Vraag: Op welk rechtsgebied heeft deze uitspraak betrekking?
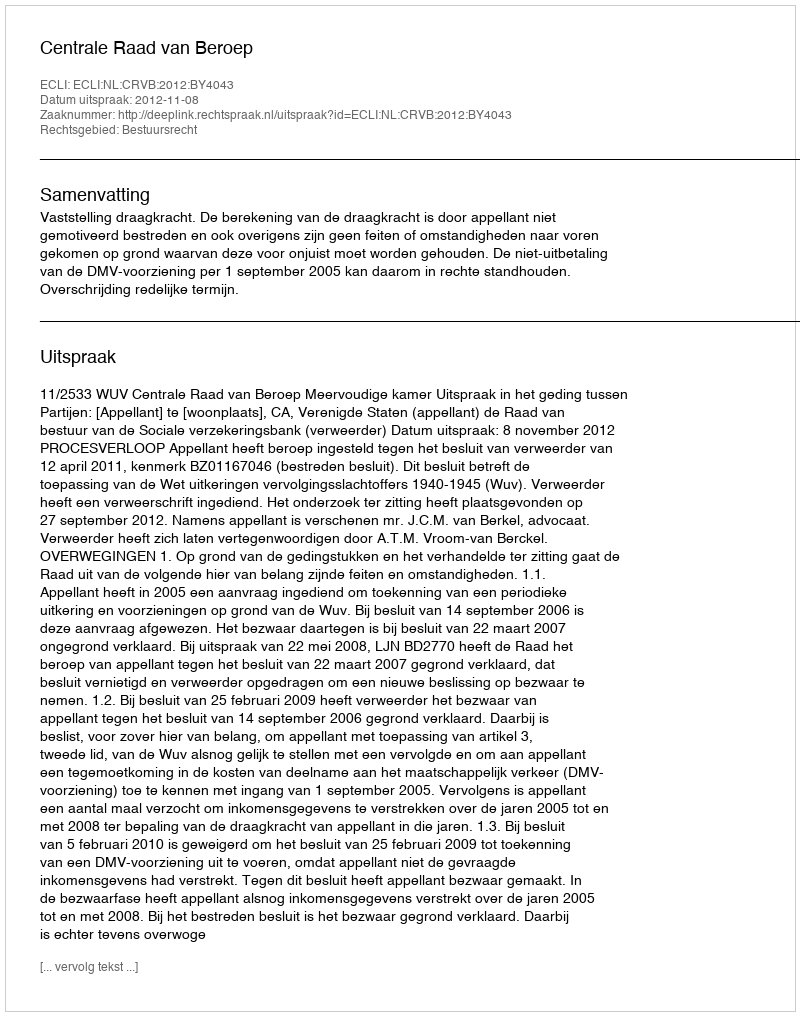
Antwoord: Bestuursrecht